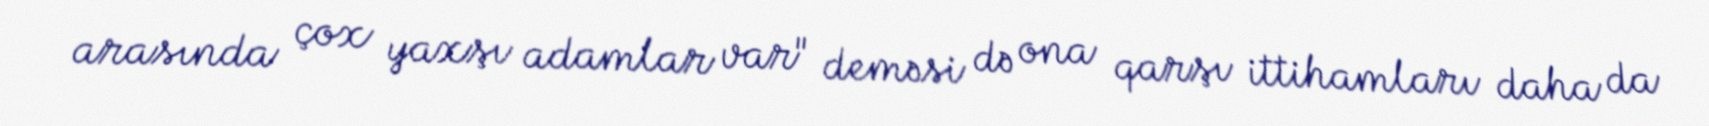
arasında çox yaxşı adamlar var" deməsi də ona qarşı ittihamları daha da